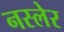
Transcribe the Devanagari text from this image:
नस्लेर